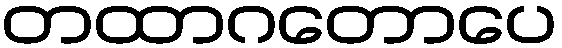
တထာဂတောပေ